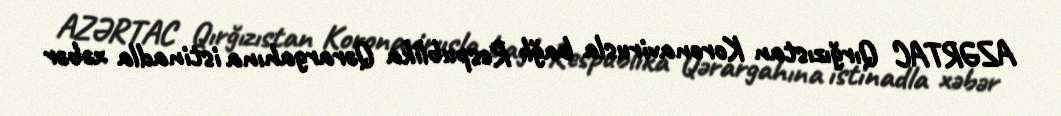
AZƏRTAC Qırğızıstan Koronavirusla bağlı Respublika Qərargahına istinadla xəbər